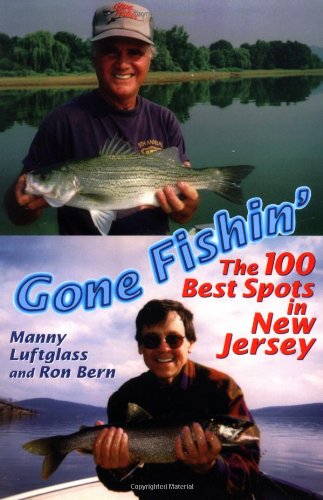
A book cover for Gone Fishin': The 100 Best Spots in New Jersey; Manny Luftglass; Travel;